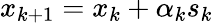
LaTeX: x_{k+1}=x_{k}+\alpha_{k}s_{k}